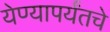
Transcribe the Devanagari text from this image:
येण्यापर्यंतचे